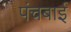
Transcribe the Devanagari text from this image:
पंचबाई